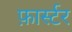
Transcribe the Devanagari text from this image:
फ़ार्स्टर